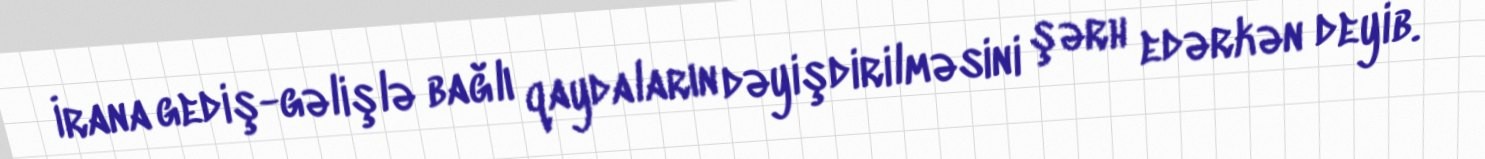
İrana gediş-gəlişlə bağlı qaydaların dəyişdirilməsini şərh edərkən deyib.